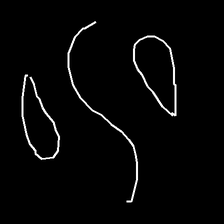
Glyph: water